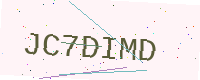
Text: JC7DIMD